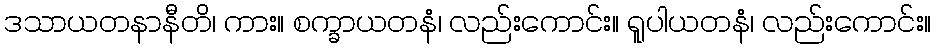
ဒသာယတနာနီတိ၊ ကား။ စက္ခာယတနံ၊ လည်းကောင်း။ ရူပါယတနံ၊ လည်းကောင်း။